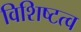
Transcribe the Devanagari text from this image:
विशिष्टत्व